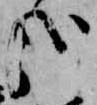
哉